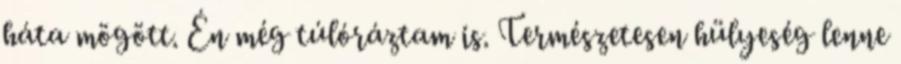
háta mögött. Én még túlóráztam is. Természetesen hülyeség lenne